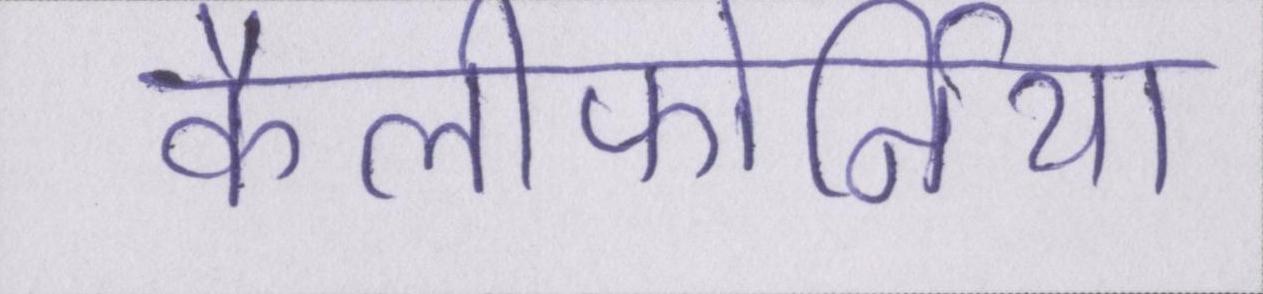
कैलीफोर्निया